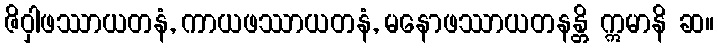
ဇိဝှါဖဿာယတနံ, ကာယဖဿာယတနံ, မနောဖဿာယတနန္တိ ဣမာနိ ဆ။